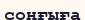
соңғыға